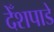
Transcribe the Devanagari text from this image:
देँशपाडे